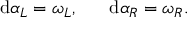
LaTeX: \mathrm { d } \alpha _ { L } = \omega _ { L } , \; \; \; \; \; \; \mathrm { d } \alpha _ { R } = \omega _ { R } .